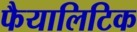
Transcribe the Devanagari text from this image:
फैयालिटिक